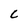
Character: C